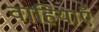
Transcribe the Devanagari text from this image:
वाहियाएँ